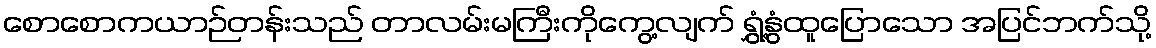
စောစောကယာဉ်တန်းသည် တာလမ်းမကြီးကိုကွေ့လျက် ရွှံ့နွံထူပြောသော အပြင်ဘက်သို့